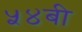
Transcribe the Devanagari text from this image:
५४बी